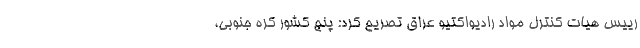
رییس هیات کنترل مواد رادیواکتیو عراق تصریح کرد: پنج کشور کره جنوبی،